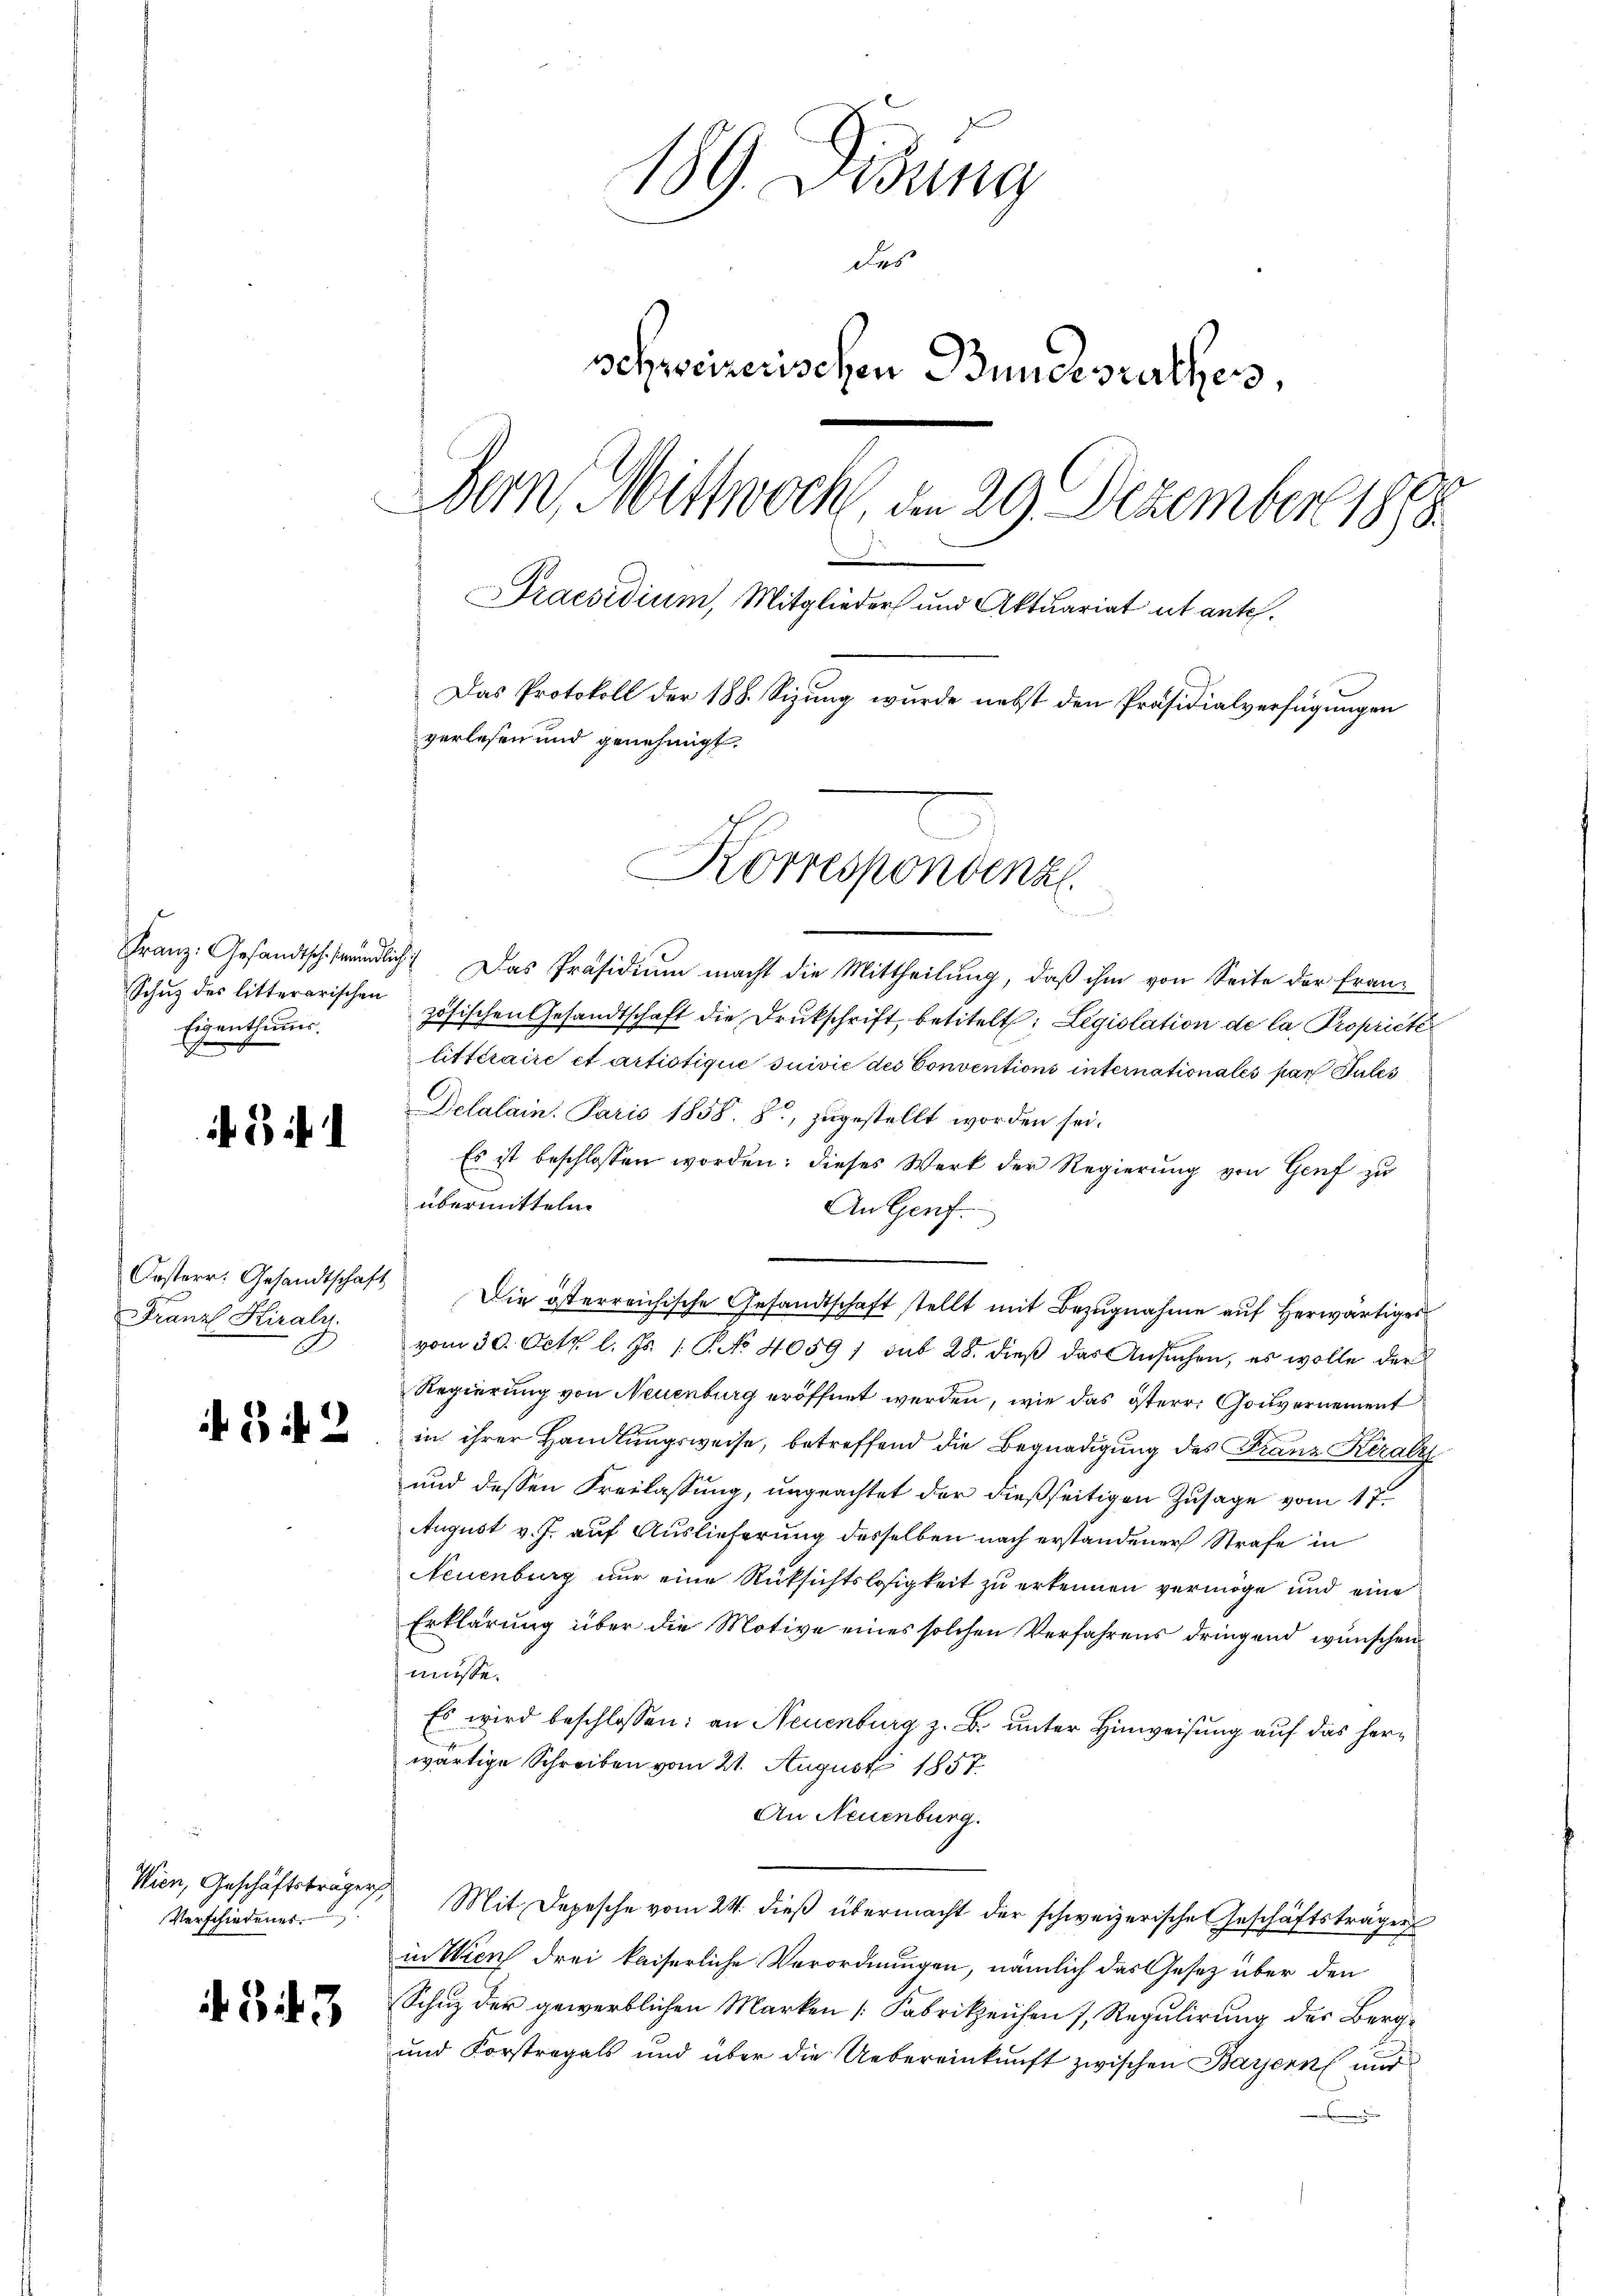
Schuz des litterarischen
Eigenthums.
f

if. 3 f

Franz Hiraly.

if. 3 f. 2

Verschiedenes.

343

1
dung
Das
schweizerischen Bundesrathess,
Bern, Mittwoch, an 29. Dezember 1888.
.
Praesidium, Mitglieder und Aktuariat ut ante¬
Das Protokoll der 188. Sizung wurde nebst den Präsidialverfügungen
verlesen und genehmigt.
Korrespondenz

Franz: Gesandtschfrundlich Das Präsidium macht die Mittheilung, daß ihm von Seite der Französischen Gesandtschaft die Drukschrift, betitelt: Legislation de la Propriete
litteraire et artistique suivić des Conventions internationales par Pules
Delalain. Paris 1858. 8, zugestellt worden sei.
Es ist beschlossen worden; dieses Werk der Regierung von Genf zu
übermitteln.
An Genf.
Oesterr. Gesandtschaft Die österreichische Gesandtschaft stellt mit Bezŭgnahme aŭf herwärtiges
vom 30. Oct. l. Js. 1. No 4059 / sub 28. dieß das Ansuchen, es wolle der
Regierung von Neuenburg eröffnet werden, wie das österr. Gouvernement
in ihrer Handlungsweise, betreffend die Begnadigung des Franz Kiraly
und dessen Freilassung, ungeachtet der dießseitigen Zusage vom 17.
August v. J. auf Auslieferung desselben nach erstandener Strafe in
Neuenburg nur eine Rüksichtslosigkeit zu erkennen vermöge und eine
Erklärung über die Motive eines solchen Verfahrens dringend wünschen
müsse.
Es wird beschlossen: an Neuenburg z. B. unter Hinweisung auf das herwärtige Schreiben vom 21. August 1857.
An Neuenburg.
Wien, Geschäftsträger Mit Depesche vom 24. dieβ übermacht der schweizerische Geschäftsträger
in Wien drei kaiserliche Verordnungen, nämlich das Gesetz über den
Schuz der gewerblichen Marken [Fabrikzeichen Regulirung des Berg¬
und Forstregals und über die Uebereinkunft zwischen Bayern und